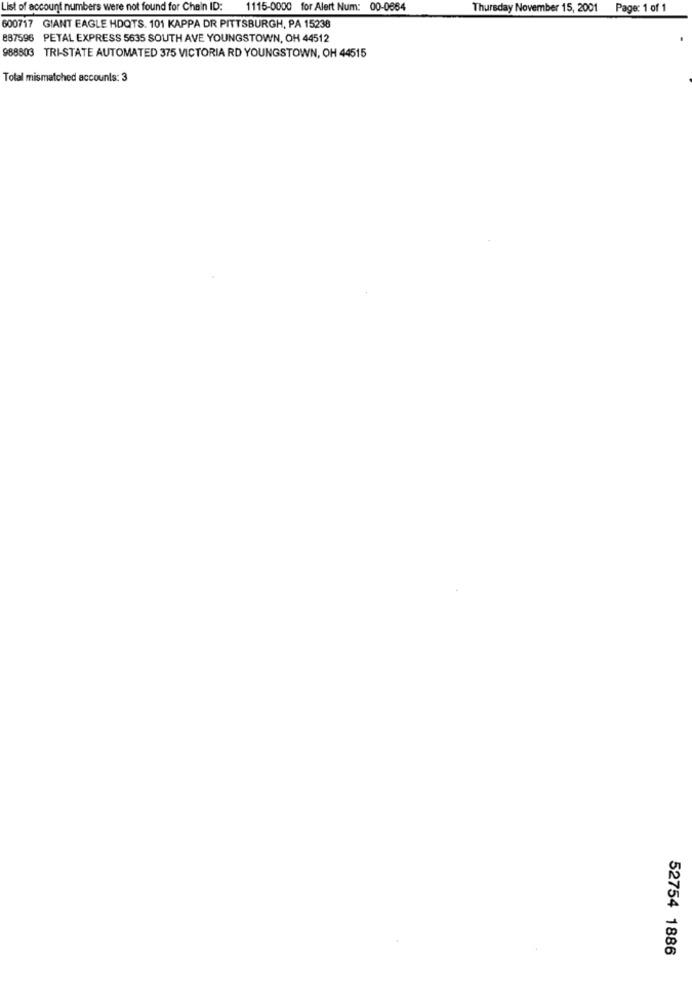
List of account numbers were not found for Chain ID:
1115-0000 for Alert Num: 00-0684
Thursday November 15, 2001 Page: 1 of 1
600717 GIANT EAGLE HDQTS. 101 KAPPA DR PITTSBURGH, PA 15238
887596 PETAL EXPRESS 5635 SOUTH AVE YOUNGSTOWN, OH 44512
988803 TRI-STATE AUTOMATED 375 VICTORIA RD YOUNGSTOWN, OH 44515
Total mismatched accounts: 3
52754 1886